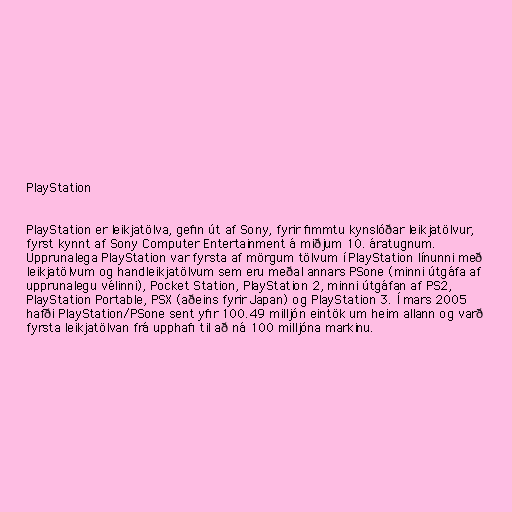
PlayStation

PlayStation er leikjatölva, gefin út af Sony, fyrir fimmtu kynslóðar leikjatölvur,
fyrst kynnt af Sony Computer Entertainment á miðjum 10. áratugnum.
Upprunalega PlayStation var fyrsta af mörgum tölvum í PlayStation línunni með
leikjatölvum og handleikjatölvum sem eru meðal annars PSone (minni útgáfa af
upprunalegu vélinni), Pocket Station, PlayStation 2, minni útgáfan af PS2,
PlayStation Portable, PSX (aðeins fyrir Japan) og PlayStation 3. Í mars 2005
hafði PlayStation/PSone sent yfir 100.49 milljón eintök um heim allann og varð
fyrsta leikjatölvan frá upphafi til að ná 100 milljóna markinu.